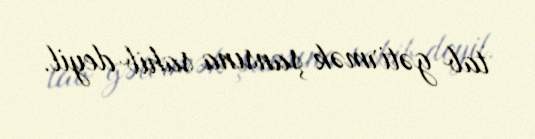
tab gətirmək şansına sahib deyil.